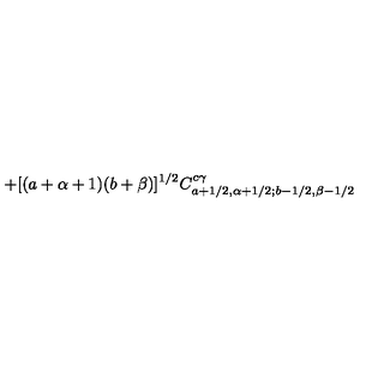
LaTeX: + [ ( a + \alpha + 1 ) ( b + \beta ) ] ^ { 1 / 2 } C _ { a + 1 / 2 , \alpha + 1 / 2 ; b - 1 / 2 , \beta - 1 / 2 } ^ { c \gamma }